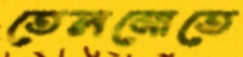
তেলমোতে